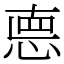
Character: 㥁